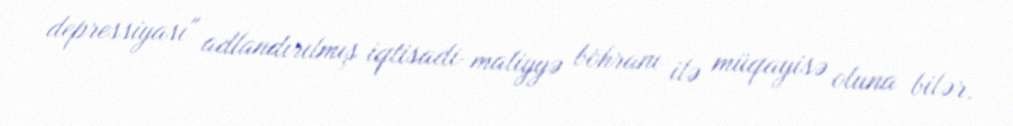
depressiyası" adlandırılmış iqtisadi-maliyyə böhranı ilə müqayisə oluna bilər.